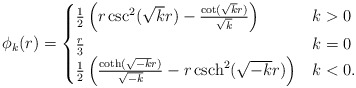
\begin{align*}\phi_{k}(r)=\begin{cases}\frac{1}{2}\left(r \csc^{2}(\sqrt{k} r)-\frac{\cot (\sqrt{k} r)}{\sqrt{k}}\right) & k>0 \\\frac{r}{3} & k=0 \\\frac{1}{2}\left(\frac{ \coth (\sqrt{-k} r)}{\sqrt{-k}}-r\, \mathrm{csch}^{2}(\sqrt{-k} r)\right) & k<0.\end{cases}\end{align*}